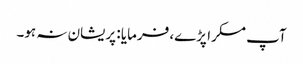
آپ مسکرا پڑے، فرمایا : پریشان نہ ہو۔